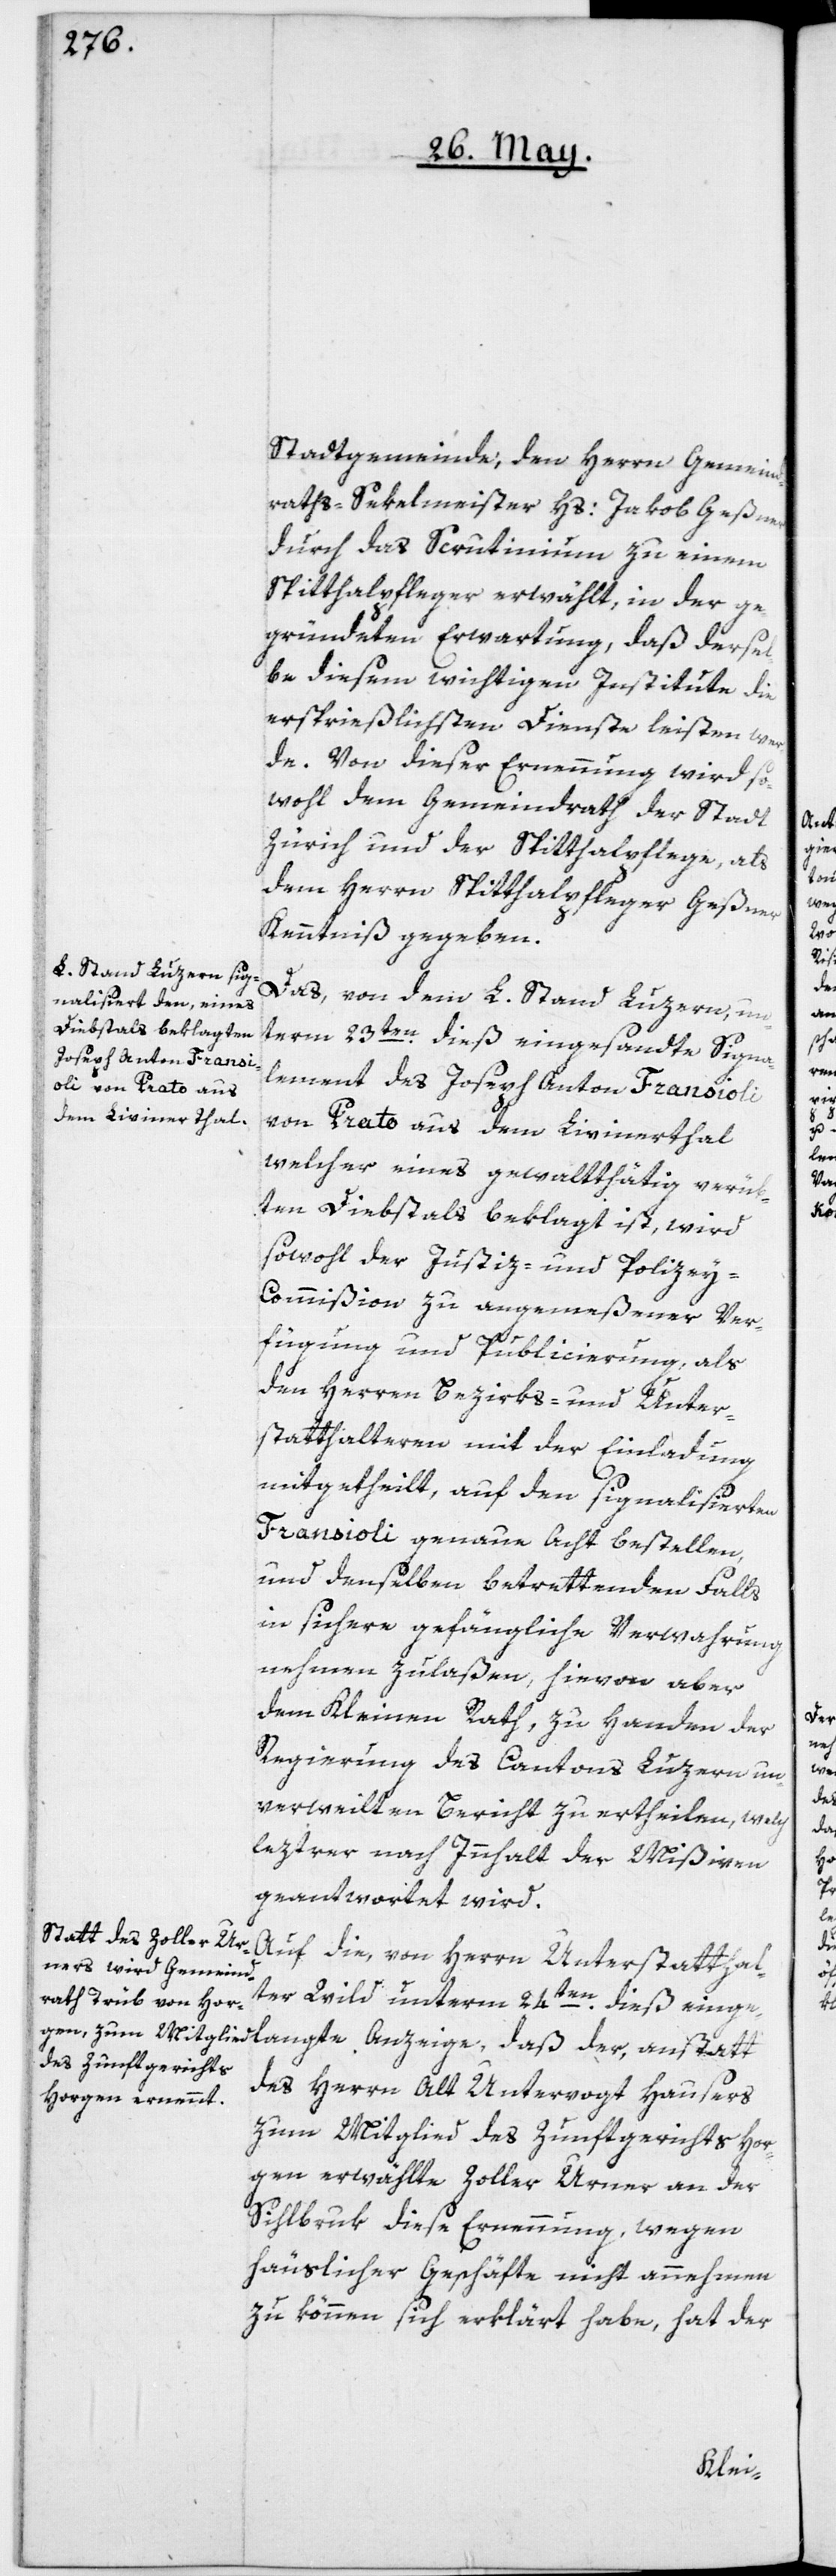
Stadtgemeinde, den Herrn Gemeind¬
raths-Sekelmeister Hs: Jakob Geßner
durch das Scrutinium zu einem
Spitthalpfleger erwählt, in der ge¬
gründeten Erwartung, daß dersel¬
be diesem wichtigen Institute die
ersprießlichsten Dienste leisten wer¬
de. Von dieser Ernennung wird so¬
wohl dem Gemeindrath der Stadt
Zürich und der Spitthalpflege, als
dem Herrn Spitthalpfleger Geßner
Kenntniß gegeben.
Das, von dem L. Stand Luzern, un¬
term 23ten dieß eingesandte Signa¬
lement des Joseph Anton Fransioli,
von Prato aus dem Livinerthal,
welcher eines gewaltthätig verrü¬
kten Diebstals beklagt ist, wird
sowohl der Justiz- und Polizey-C¬
ommißion zu angemeßener Ver¬
te
fügung und Publicierung, als
den Herren Bezirks- und Unter¬
statthalteren mit der Einladung
mitgetheilt, auf den signalisierten
Fransioli genaue Acht bestellen,
und denselben betrettenden Falls
in sichere gefängliche Verwahrung
nehmen zulaßen, hievon aber
dem Kleinen Rath zu Handen der
Regierung des Cantons Luzern un¬
verweilten Bericht zu ertheilen, welch
leztrer nach Innhalt der Mißiven
geantwortet wird.
Auf die, von Herrn Unterstatthal¬
ter Wild unterm 24ten dieß eingelan¬
des Herrn Alt Untervogt Hausers
zum Mitglied des Zunftgerichts Hor¬
gen erwählte Zoller Urner an der
Sihlbruk diese Ernennung, wegen
häuslicher Geschäfte nicht annehmen
zu können sich erklärt habe, hat der